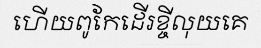
ហើយពូកែដើរខ្ចីលុយគេ